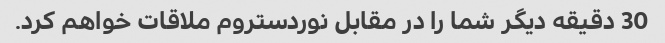
30 دقیقه دیگر شما را در مقابل نوردستروم ملاقات خواهم کرد.